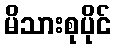
မိသားစုပိုင်